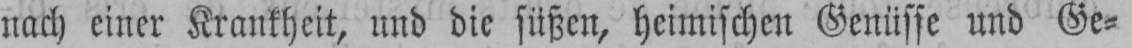
nach einer Krankheit, und die süßen, heimischen Genüsse und Ge⸗